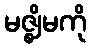
မဇ္ဈိမကို